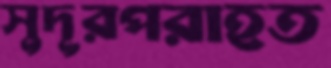
সুদূরপরাহত